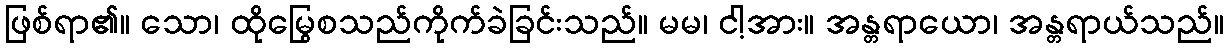
ဖြစ်ရာ၏။ သော၊ ထိုမြွေစသည်ကိုက်ခဲခြင်းသည်။ မမ၊ ငါ့အား။ အန္တရာယော၊ အန္တရာယ်သည်။